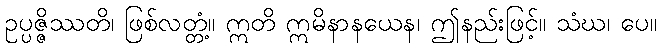
ဥပ္ပဇ္ဇိဿတိ၊ ဖြစ်လတ္တံ့။ ဣတိ ဣမိနာနယေန၊ ဤနည်းဖြင့်။ သံဃ၊ ပေ။